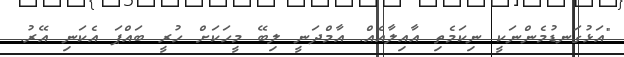
"އަޅުގަނޑުމެންނަކީ ނިކަމެތި އާއިލާއެއް. އާމްދަނީ ލިބޭ މީހަކަށް ހުރީ ބައްޕަ އެކަނި އޭރު.